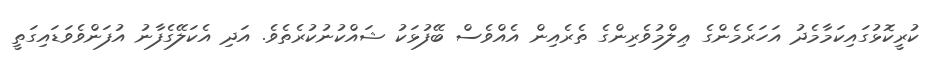
ކުރީކޮޅުގައިކަމާމެދު އަހަރެމެންގެ ޢިލްމުވެރިންގެ ތެރެއިން އެއްވެސް ބޭފުޅަކު ޝައްކުނުކުރެތެވެ. އަދި އެކަލޭގެފާނު އުފަންވެވަޑައިގަތީ